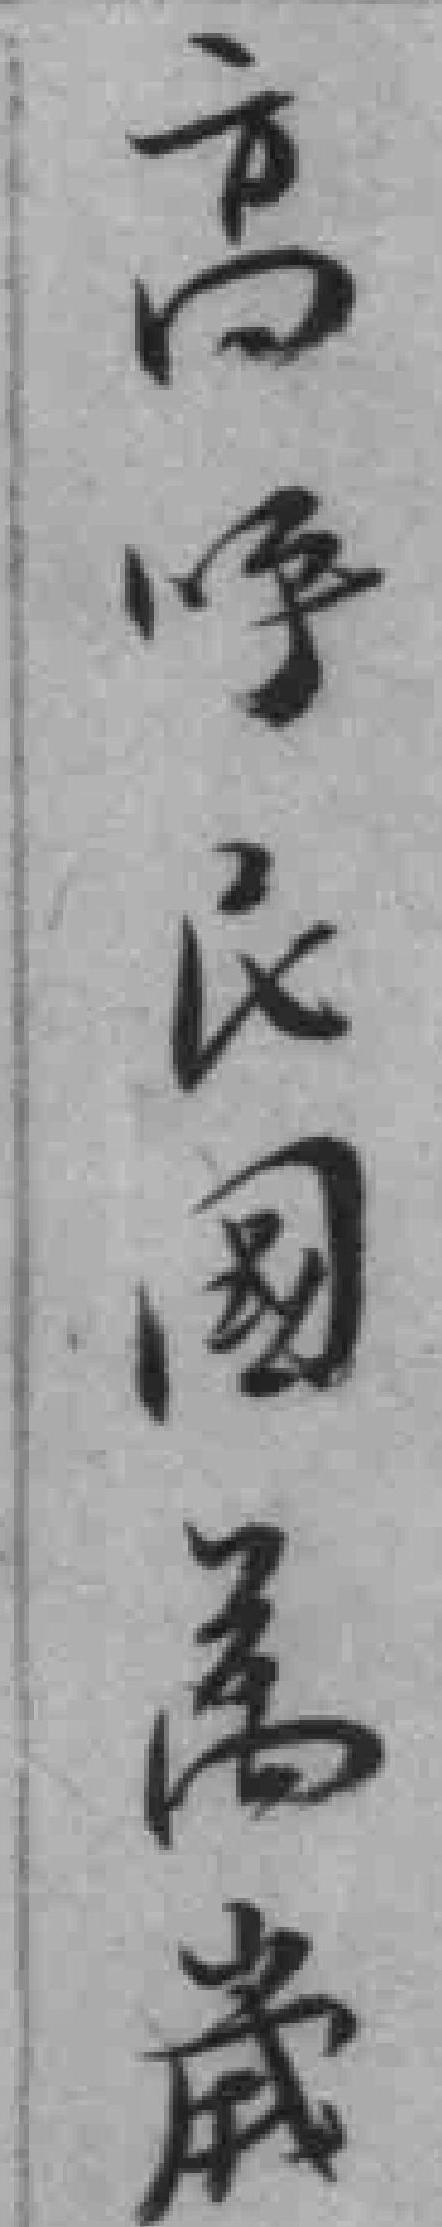
高呼民國萬歲